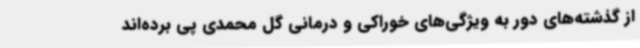
از گذشته‌های دور به ویژگی‌های خوراکی و درمانی گل محمدی پی برده‌اند